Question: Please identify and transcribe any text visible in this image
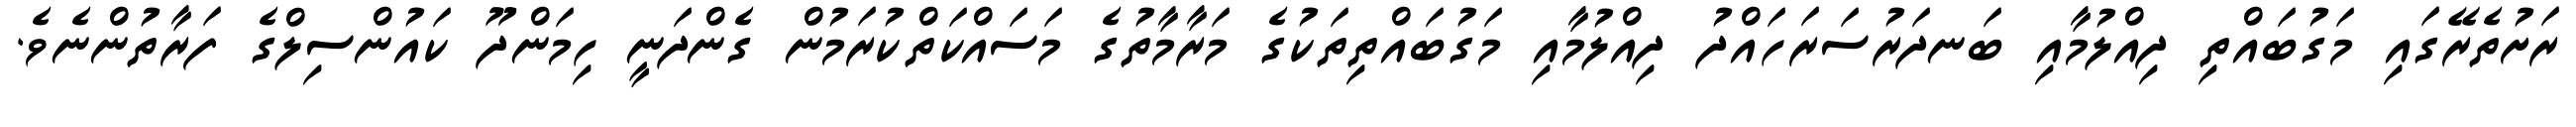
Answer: ރަށުތެރޭގައި މަގުބައްތި ދިއްލުމާއި ބަނދަރުސަރަހައްދު ދިއްލުމާއި މަގުބައްތިތަކުގެ މަރާމާތުގެ މަސައްކަތްކުރަމުން ގެންދަނީ ހިމަންދޫ ކައުންސިލްގެ ފަރާތުންނެވެ.